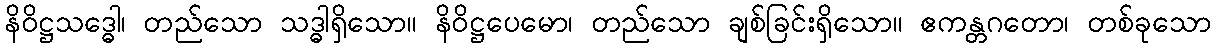
နိဝိဋ္ဌသဒ္ဓေါ၊ တည်သော သဒ္ဓါရှိသော။ နိဝိဋ္ဌပေမော၊ တည်သော ချစ်ခြင်းရှိသော။ ဧကန္တဂတော၊ တစ်ခုသော